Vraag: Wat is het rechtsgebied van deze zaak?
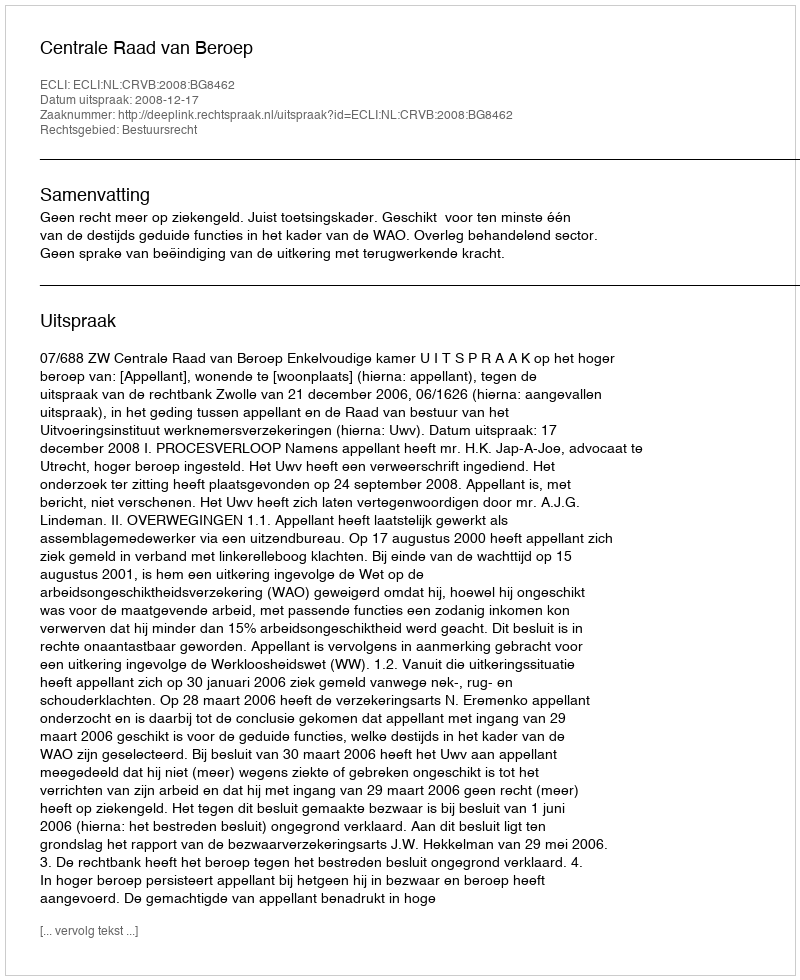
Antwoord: Bestuursrecht